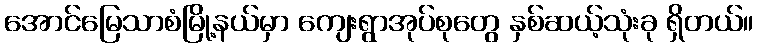
အောင်မြေသာစံမြို့နယ်မှာ ကျေးရွာအုပ်စုတွေ နှစ်ဆယ့်သုံးခု ရှိတယ်။